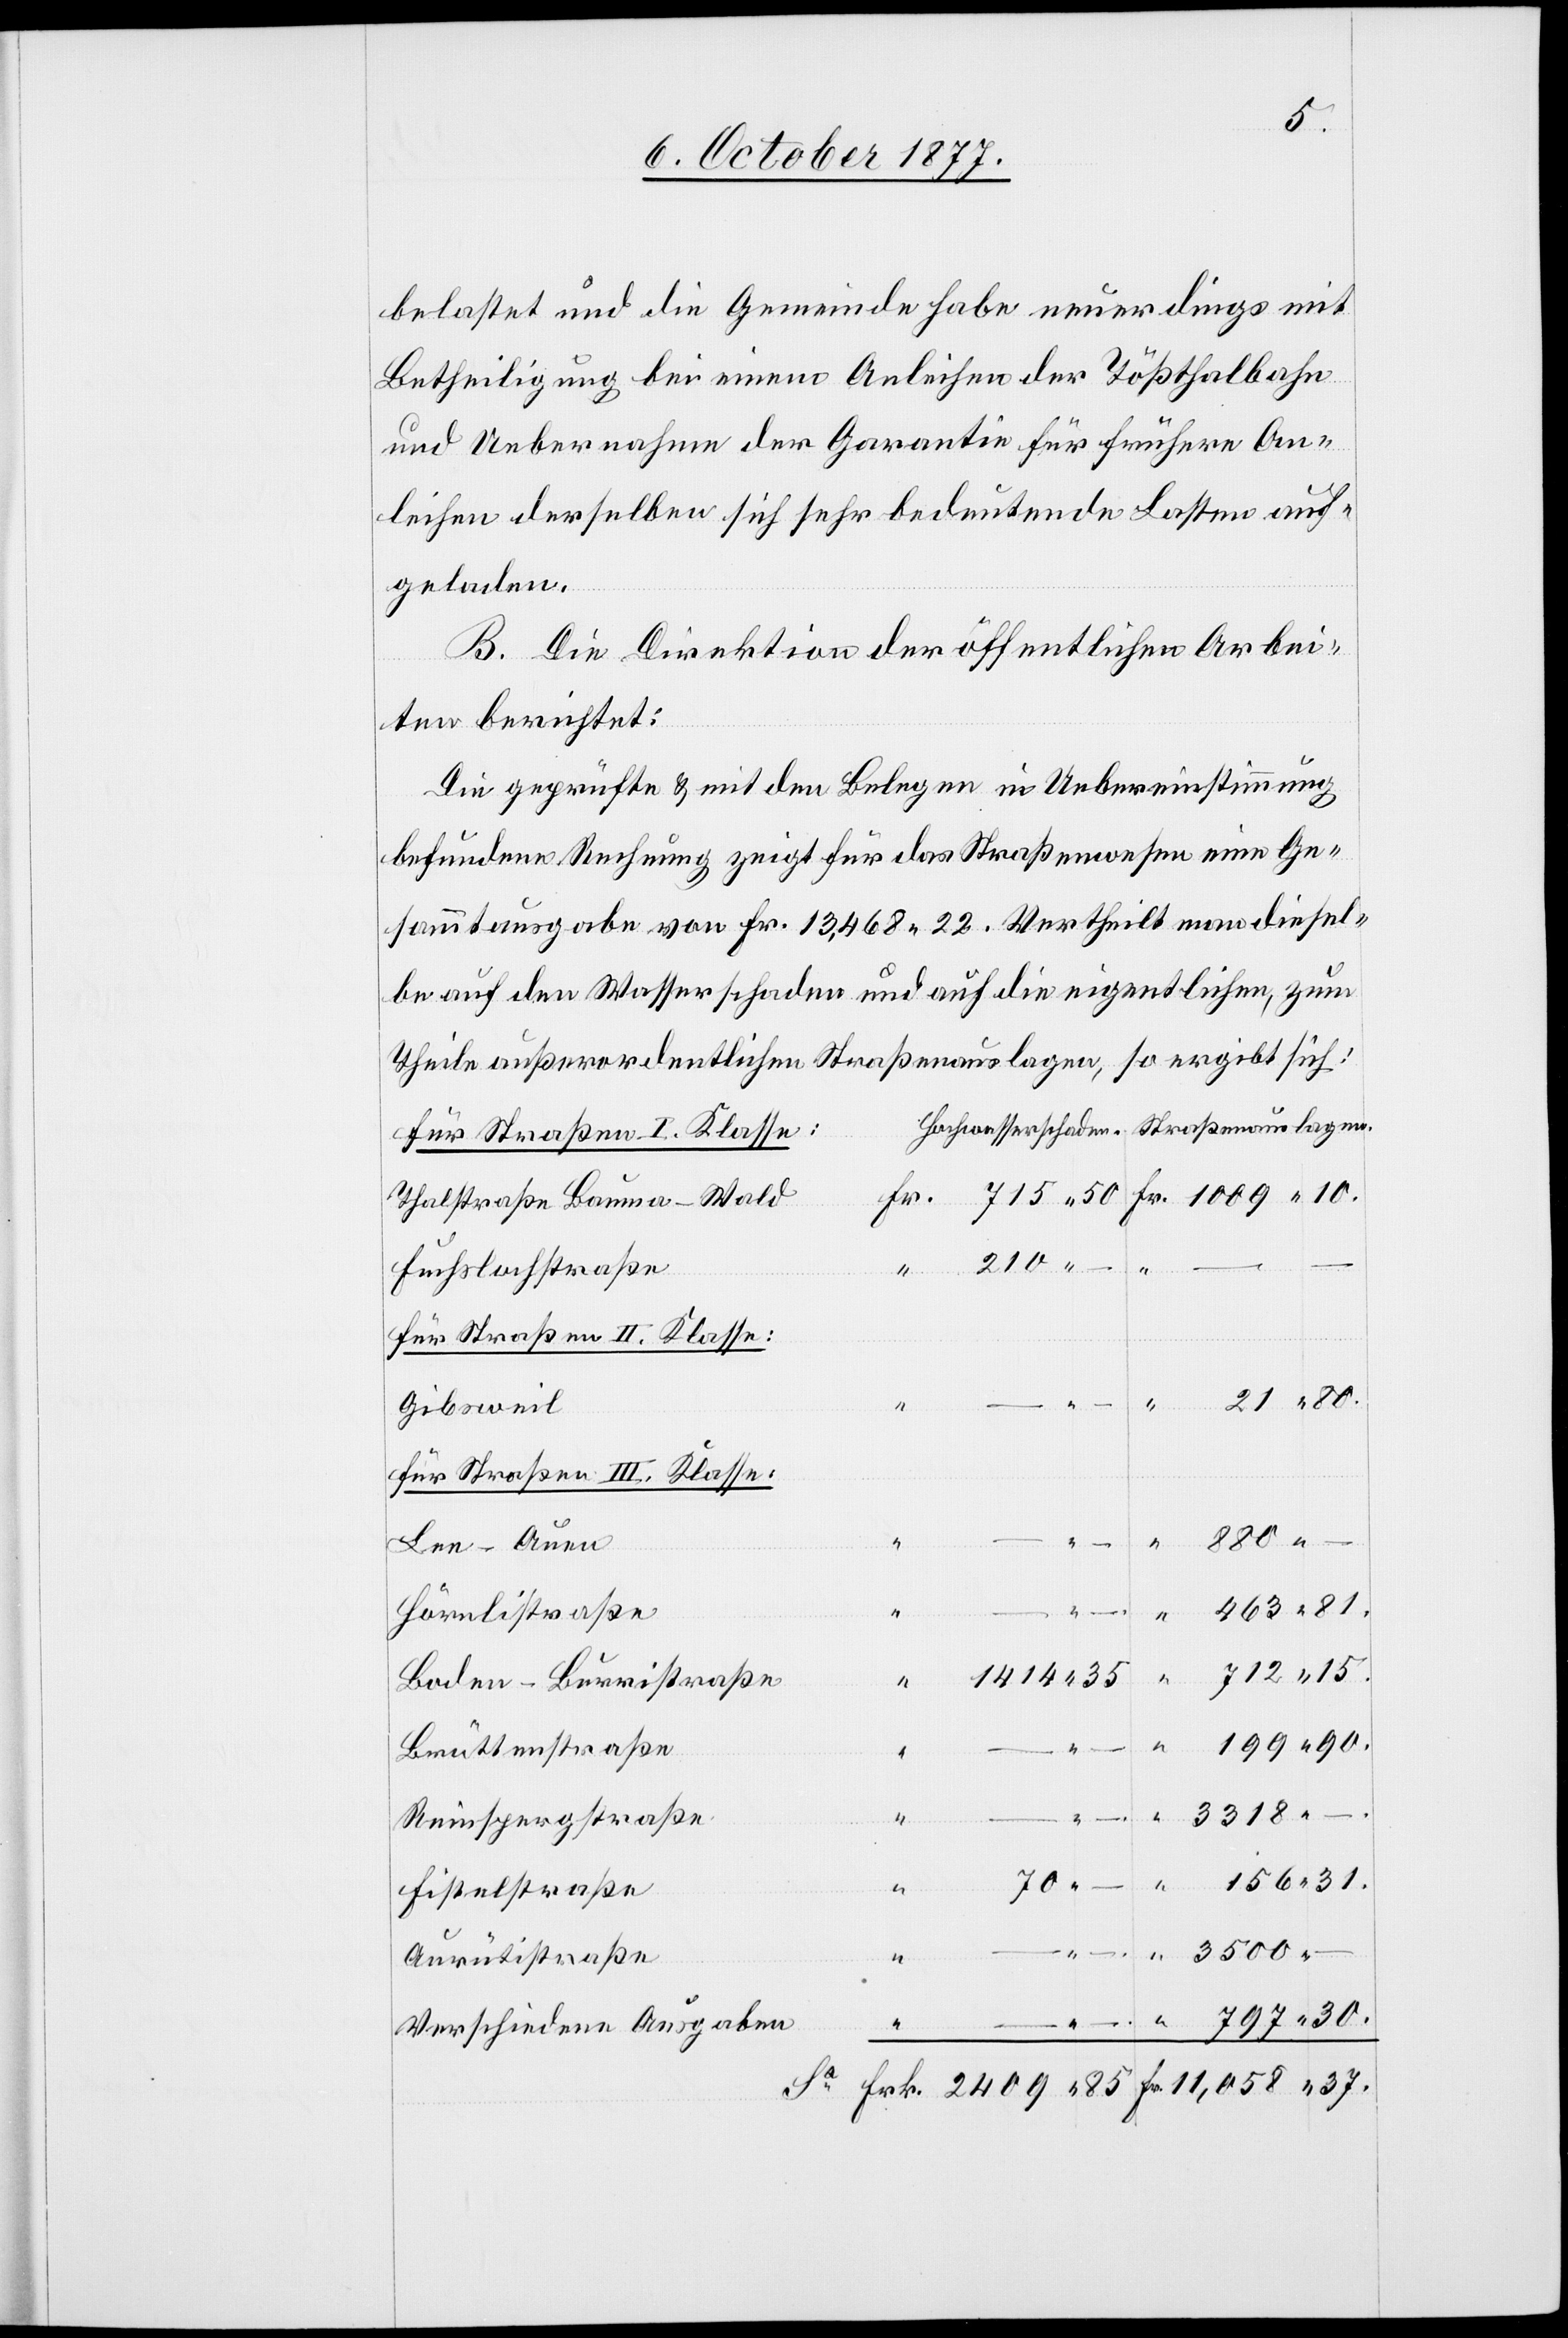
belastet und die Gemeinde habe neuerdings mit
Betheiligung bei einem Anleihen der Tößthalbahn
und Uebernahme der Garantie für frühere An¬
leihen derselben sich sehr bedeutende Lasten auf¬
geladen.
B. Die Direktion der öffentlichen Arbei¬
ten berichtet:
Die geprüfte & mit den Belegen in Uebereinstimmung
befundene Rechnung zeigt für das Straßenwesen eine Ge¬
sammtausgabe von Fr. 13,468 22. Vertheilt man diesel¬
be auf den Wasserschaden und auf die eigentlichen, zum
Theile außerordentlichen Straßenauslagen, so ergibt sich:
Für Straßen II. Klasse:
Thalstraße Bauma–Wald
21 80.
1414
30.
Fuchslochstraße
Gibsweil
Für Straßen III. Klasse:
– –
Lee-Auen
Hörnlistraße
81.
Boden-Burristraße
Brüttenstraße
Fr.
Reinspergstraße
Fistelstraße
Aurütistraße
Verschiedene Ausgaben